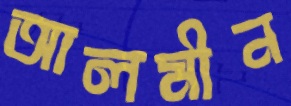
আলমীন